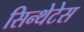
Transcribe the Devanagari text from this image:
सिन्थेटेस